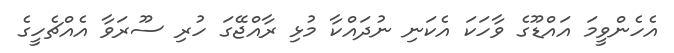
އެހެންވީމަ އައްޑޫގެ ވާހަކަ އެކަނި ނުދައްކާ މުޅި ރާއްޖޭގަ ހުރި ސޫރަވާ އެއްޗެހީގެ